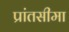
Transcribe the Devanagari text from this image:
प्रांतसीमा